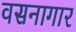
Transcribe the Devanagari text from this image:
वसनागार